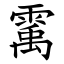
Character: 䨞